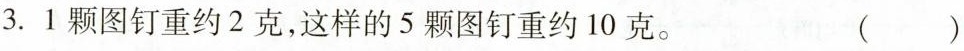
3.1颗图钉重约2克，这样的5颗图钉重约10克。 ( )